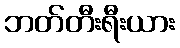
ဘတ်တီးရီးယား